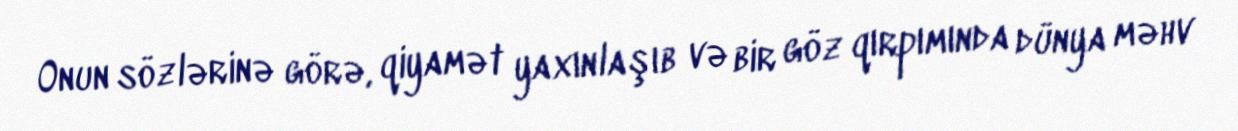
Onun sözlərinə görə, qiyamət yaxınlaşıb və bir göz qırpımında dünya məhv